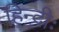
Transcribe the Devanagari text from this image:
हिन्दीः